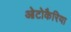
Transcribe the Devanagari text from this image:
ओटोकैरिया